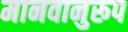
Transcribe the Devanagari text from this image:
मानवानुरूप